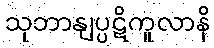
သုဘာနျပ္ပဋိကူလာနိ